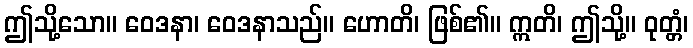
ဤသို့သော။ ဝေဒနာ၊ ဝေဒနာသည်။ ဟောတိ၊ ဖြစ်၏။ ဣတိ၊ ဤသို့။ ဝုတ္တံ၊